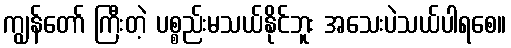
ကျွန်တော် ကြီးတဲ့ ပစ္စည်းမသယ်နိုင်ဘူး အသေးပဲသယ်ပါရစေ။